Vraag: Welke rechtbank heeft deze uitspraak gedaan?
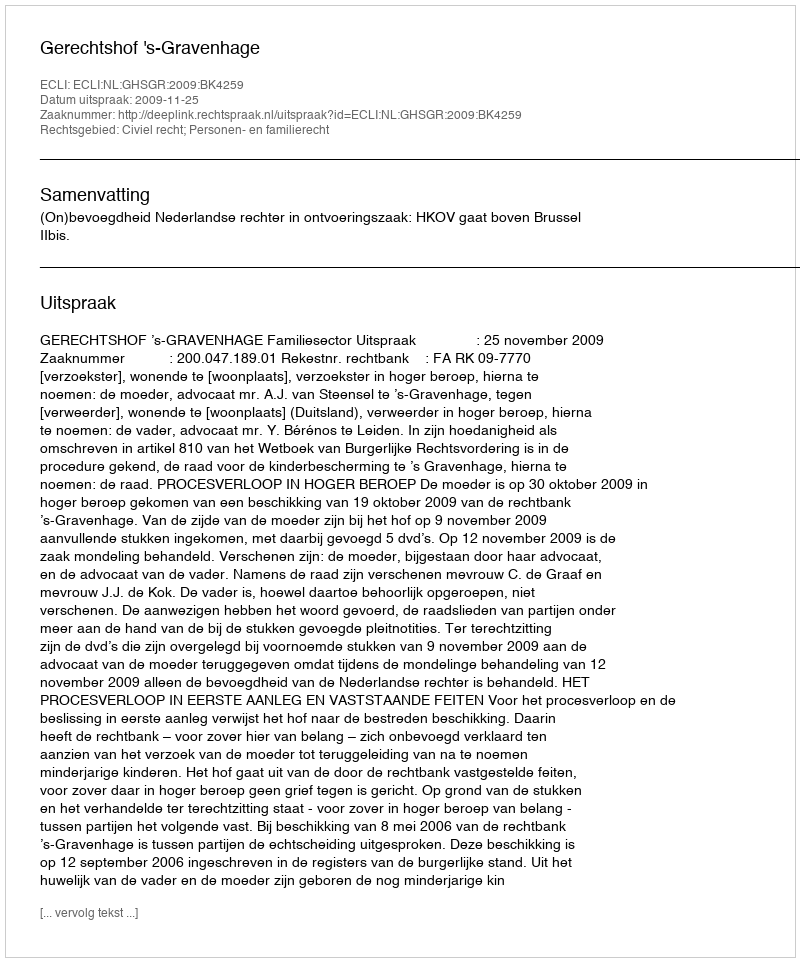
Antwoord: Gerechtshof 's-Gravenhage